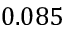
0 . 0 8 5